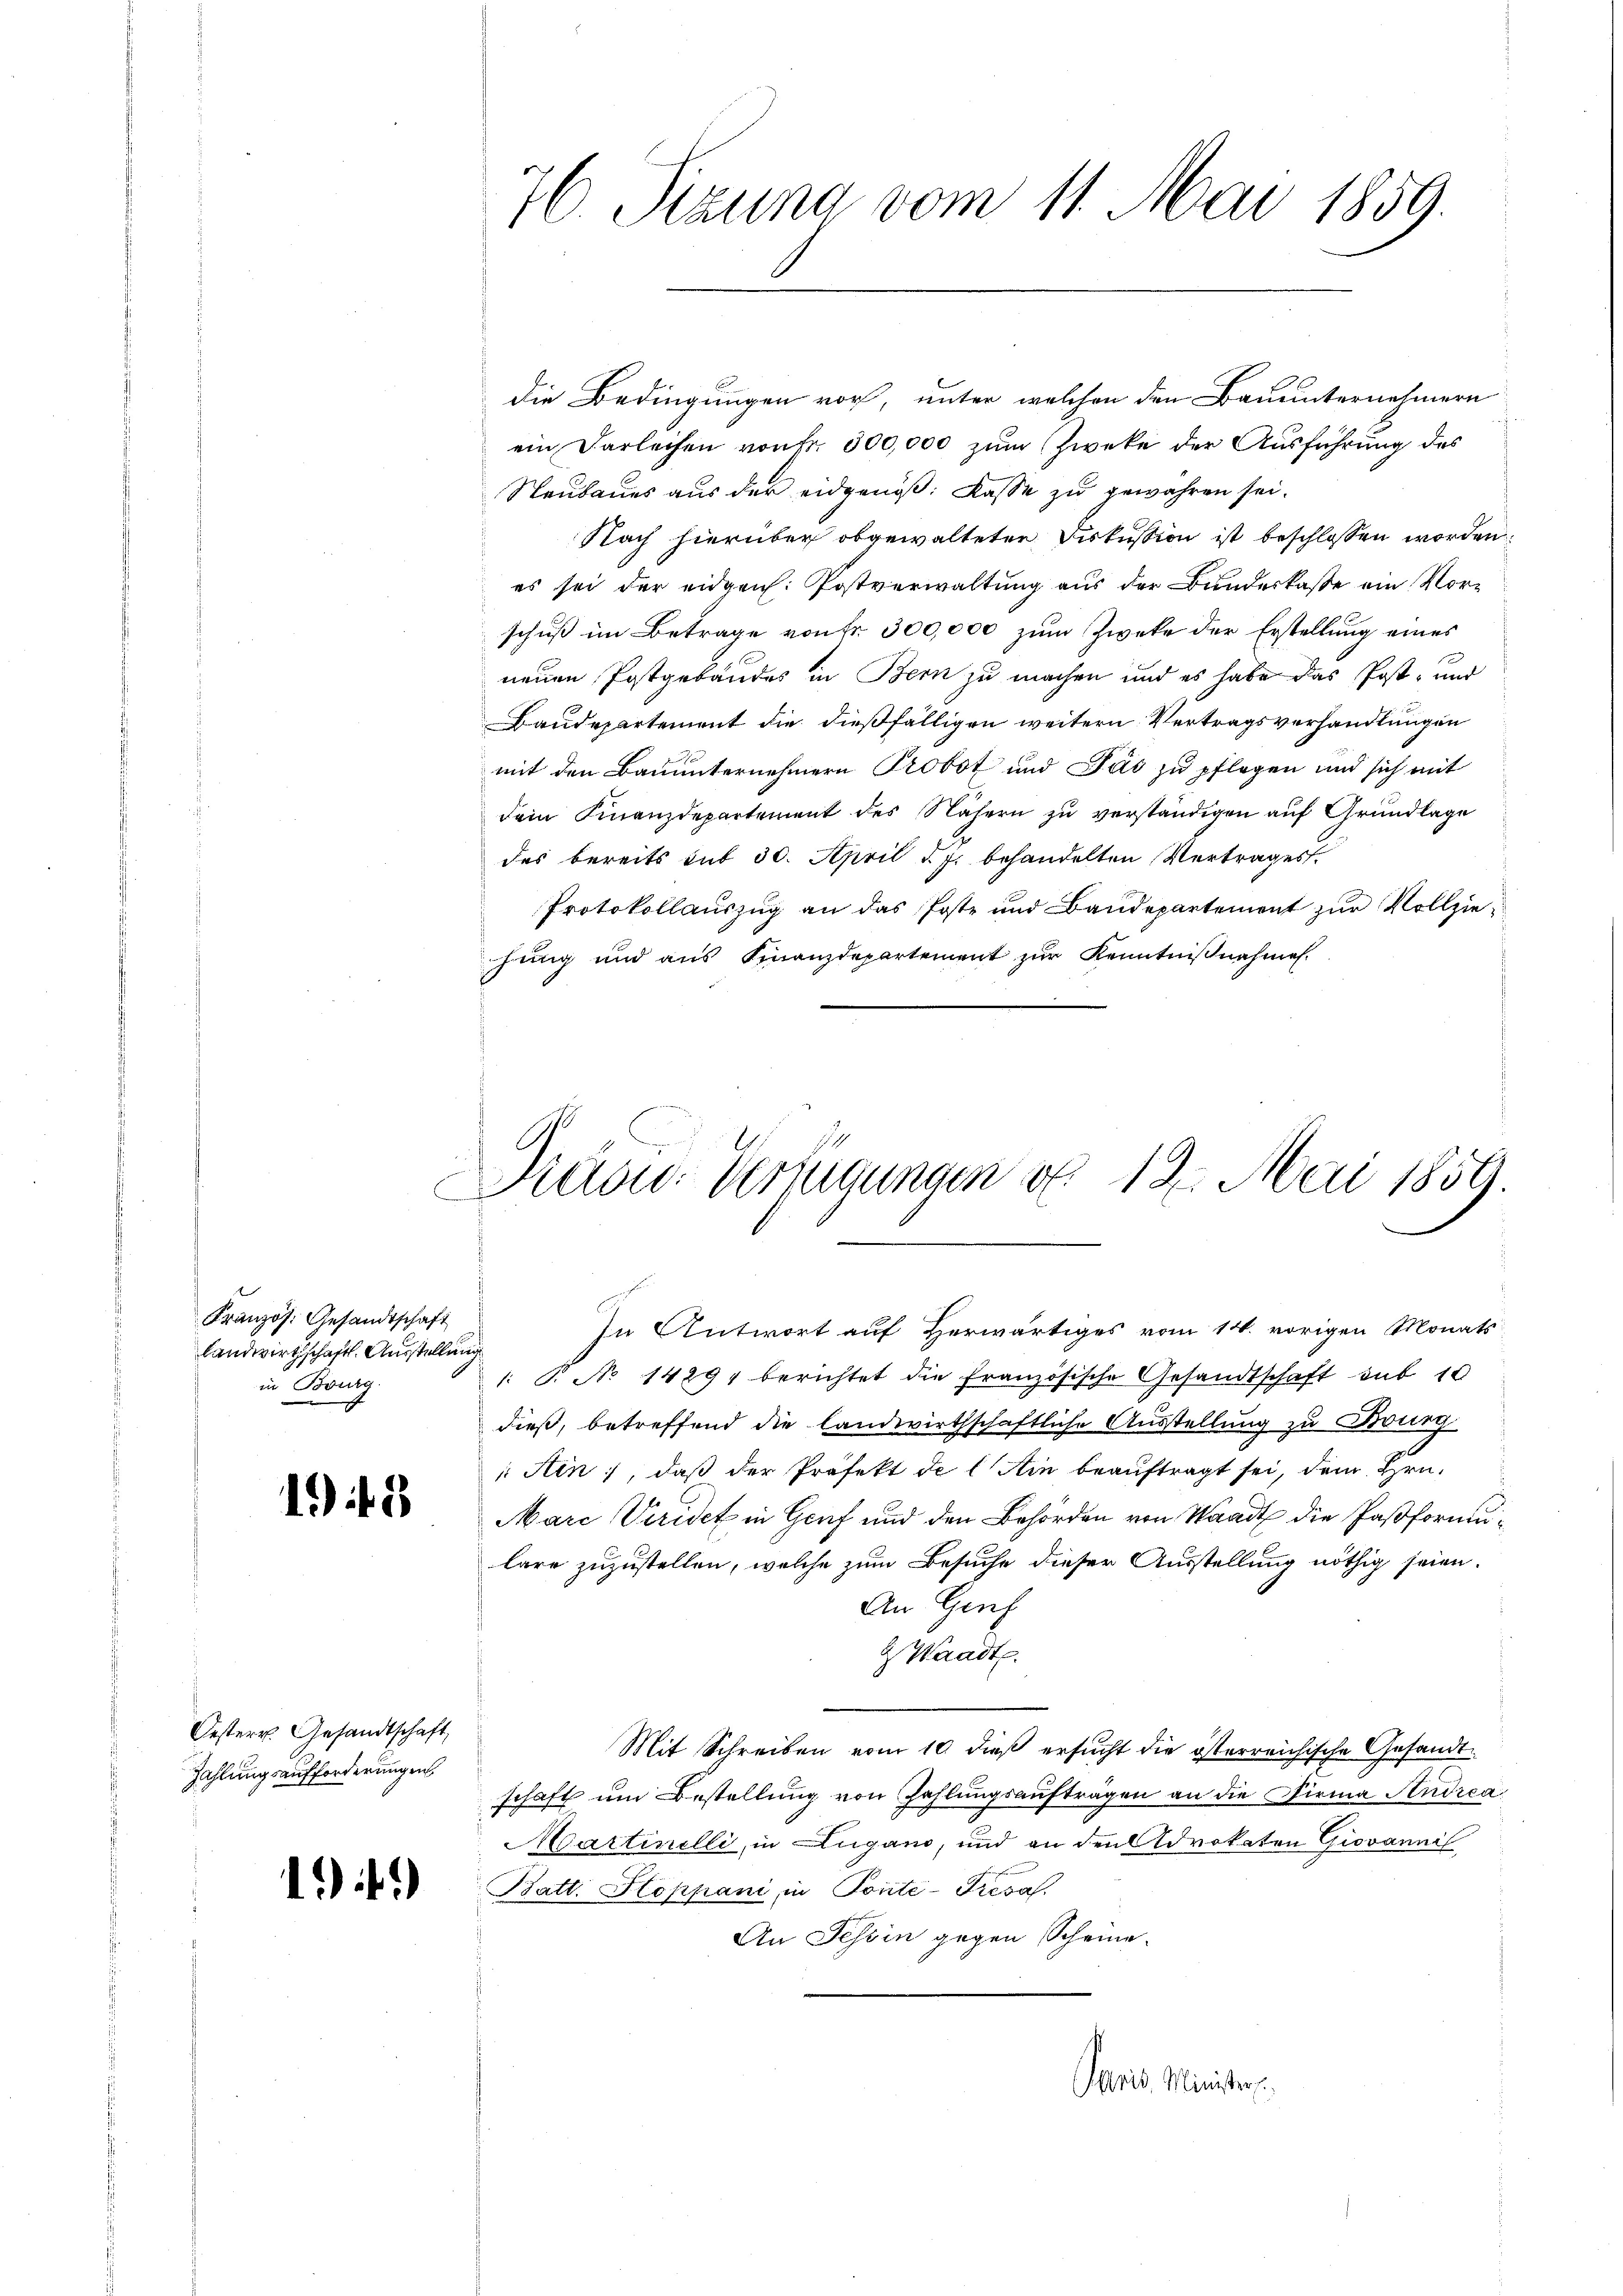
Kranzös. Gesandtschaft
landwirthschaft. Ausstellung
in Burg.

1 f. 2

Oesterr. Gesandtschaft,
Zahlungsaufforderungen

1 f. 2)

76. Sizung vom 11. Mai 1859.

die Bedingungen vor, unter welchen den Bauunternehmern
ein Darleihen von Fr. 300,000 zum Zweke der Ausführung des
Neubaues aus der eidgenöß: Kasse zu gewähren sei.
Nach hierüber obgewalteten Fiskussion ist beschlossen worden.
es sei der eidgen: Postverwaltung aus der Bundeskasse ein Vorschuß im Betrage von fr. 300,000 zum Zwecke der Erstellung eines
neuen Postgebäudes in Bern zu machen und es habe das Post- und
Baudepartement die dießfälligen weitern Vertragsverhandlungen
mit den Bauunternehmern Probst und Pas zu pflegen und sich mit
dein Finanzdepartement des Nähern zŭ verständigen auf Grundlage
des bereits mit 30. April d. J. behandelten Vertrages.
Protokollauszug an das Poste und Bandepartement zur Vollziehung und aus Finanzdepartement zur Kenntnißnahmen.

Kadw. Verfügungen v. 18. Mai 1859.

In Antwort auf Herwärtiges vom 14. vorigen Monats
1: P. No 14291 berichtet die französische Gesandtschaft mit 10
dieß, betreffend die landwirthschaftliche Ausstellung zu Burg
Ain), daß der Präfekt de lin beauftragt sei, dem Hrn.
Mare Veridet in Genf und den Behörden von Staadt die Paßformulare zuzustellen, welche zum Besuche dieser Ausstellung nöthig seien.
An Genf
Waadt.
Mit Schreiben vom 10. dieß ersucht die österreichische Gesandtschaft um Bestellung von Zahlungsaufträgen an die Firma Andrea
Martinilli, in Lugano, und an den Advokaten Giovannis
Batt. Hoppani in Ponte-Treval.
An Tessin gegen Scheine.
Paris Minister.